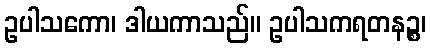
ဥပါသကော၊ ဒါယကာသည်။ ဥပါသကရတနဉ္စ၊